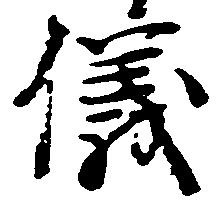
儀